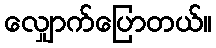
လျှောက်ပြောတယ်။